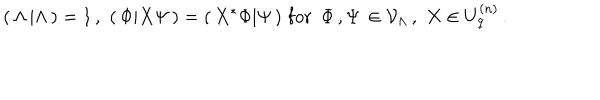
LaTeX: ( \, \Lambda \, \vert \Lambda \, ) = 1 \, , \, \, ( \, \Phi \vert X \Psi \, ) = ( \, X ^ { * } \Phi \vert \Psi \, ) \, \, \mathrm { f o r } \, \, \, \Phi \, , \Psi \, \in { \cal V } _ { \Lambda } \, , \, \, X \in U _ { q } ^ { ( n ) } \, .